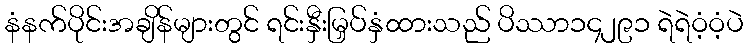
နံနက်ပိုင်းအချိန်များတွင် ရင်းနှီးမြှပ်နှံထားသည် ပိဿာ၁၄၂၉၁ ရဲရဲဝံ့ဝံ့ပဲ